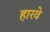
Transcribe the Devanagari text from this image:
हारवे